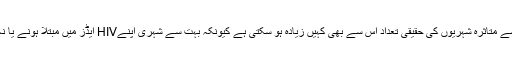
ڈینیئل مرفی کے مطابق اس ملک میں IV سے متاثرہ شہریوں کی حقیقی تعداد اس سے بھی کہیں زیادہ ہو سکتی ہے کیونکہ بہت سے شہری اپنےHIV ایڈز میں مبتلا ہونے یا نہ ہونے سے متعلق ٹیسٹ بھی نہیں کرواتے۔